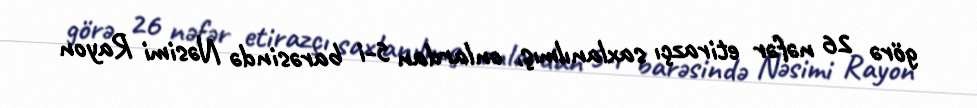
görə 26 nəfər etirazçı saxlanılmış, onlardan 5-i barəsində Nəsimi Rayon